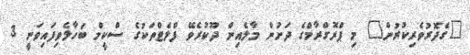
"ގެދޮރުވެރިކުރުން" މި ޕްރޮގްރާމްގެ ދަށުން މާލެއިން ދޫކުރެވޭ ފްލެޓްތަކުގެ ސްކީމް ބަހާލެވިފައިވަނީ 3